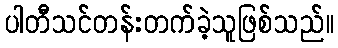
ပါတီသင်တန်းတက်ခဲ့သူဖြစ်သည်။